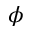
\phi